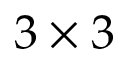
3 \times 3